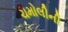
ચમોલીની